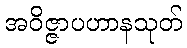
အဝိဇ္ဇာပဟာနသုတ်